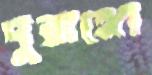
দুরাঙ্গো